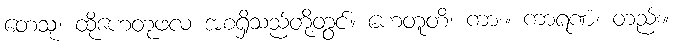
တေသု၊ ထိုဟေတုဖလ အစရှိသည်တို့တွင်။ ဟေတူတိ၊ ကား။ ကာရဏံ၊ တည်း။